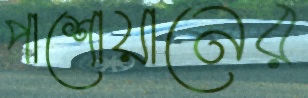
পাশোয়ানের